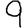
Digit: 9